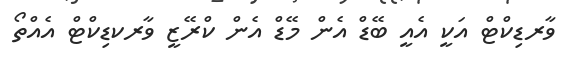
ވާރޑިކްޓް އަކީ އެއީ ބޭޑް އެން މޭޑް އެން ކްރޭޒީ ވާރކޑިކްޓް އެއްތޯ